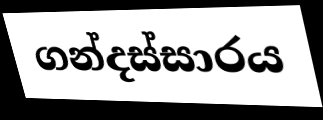
ගන්දස්සාරය